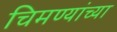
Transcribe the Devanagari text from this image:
चिमण्यांच्या